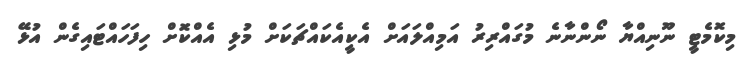
މިކޮމެޓީ ނޫނިއްޔާ ނޯންނާނެ މުގައްރިރު އަމިއްލައަށް އެކީއެކައްޗަކަށް މުޅި އެއްކޮަށް ހިފަހައްޓައިގެން އުޅޭ